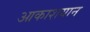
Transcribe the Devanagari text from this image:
आकाशयान